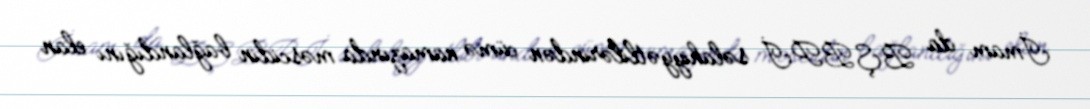
İmam da BŞBPİ səlahiyyətlilərindən cümə namazında məscidin bağlandığını elan